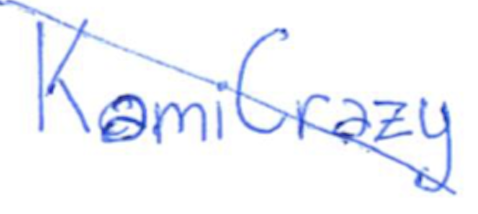
Text: KamiCrazy
Cross-out: diagonal
Writing tool: ballpoint